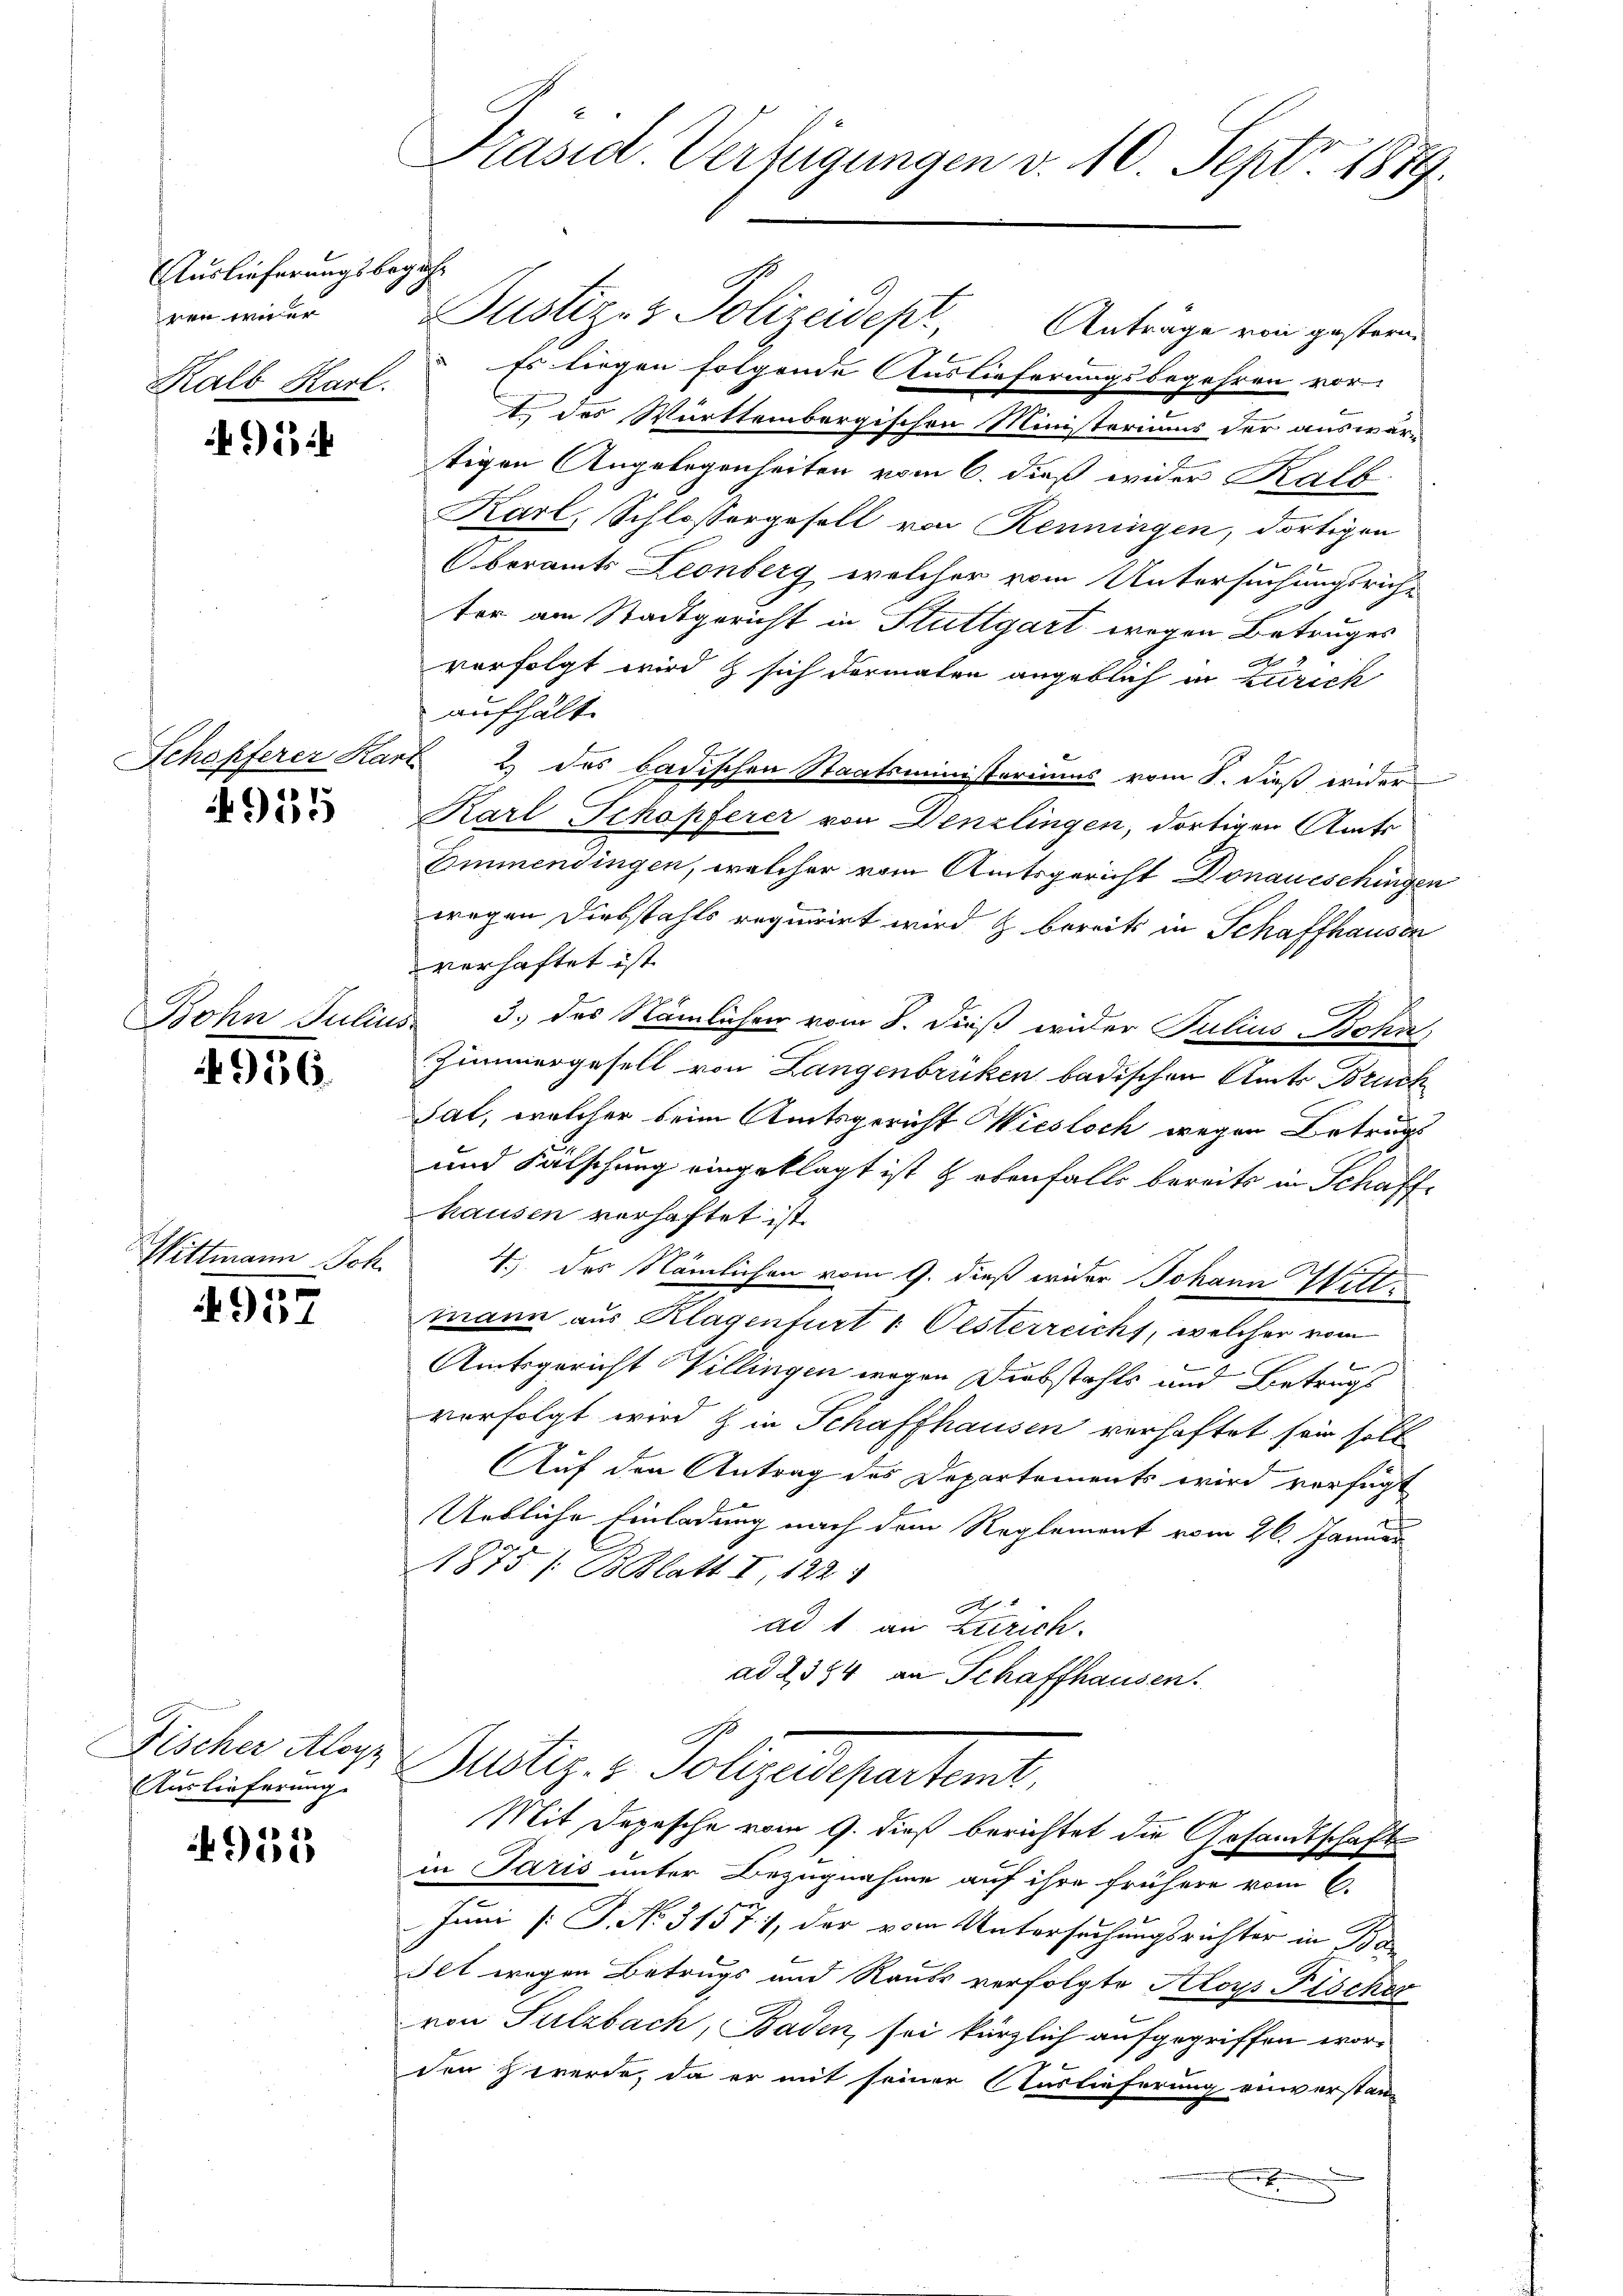
Auslieferungsbegeh¬
Kalb Karl.

9

Schafferer Kart

4955

Bohn Julius

4956.

Wittmann Joh.
e
904

Fischer Aloyz
Auslieferung.

4955

Präsid. Verfügungen v. 10. Sept. 1879.

ren wider Justiz- & Polizeidepk, Anträge von gestern.
 Es liegen folgende Auslieferungsbegehren vor
t des Württembergischen Ministeriums der auswärtigen Angelegenheiten vom 6. dieß wider Kalb
Karl, Schlossergesell von Renningen, dortigen
 1
Oberamts Leonberg welcher vom Untersuchungsricht

ter am Stadtgericht in Stuttgart wegen Betruges
vorfolgt wird & sich dermaten angeblich in Zürich
aufhält.
& des badischen Staatsministeriums vom 8. dieß wider
Karl Schopferer von Denzlingen, dortigen Amts
Emmendingen, welcher vom Amtsgericht Donaueschingen
wegen Diebstahls requirirt wird & bereits in Schaffhausen
verhaftet ist.
3. des Nämlichen vom 8. dieß wider Julius Bahn
Zimmergesell von Langenbrüken badischen Amts Bruck
Sat, welcher beim Amtsgericht Wiesloch wegen Betrugs
und Falschung eingeklagt ist & ebenfalls bereits in Schaffhausen verhaftet ist.
1.) des Nämlichen vom 9. dieß wider Johann Wittmann aus Klagenfurt 1. Oesterreichs, welcher vom

Amtsgericht Villingen wegen Diebstahls und Betrugs
vorfolgt wird & in Schaffhausen verhaftet sein soll
Auf den Antrag des Departements wird verfügt
Uebliche Einladung nach dem Reglement vom 26. Januar
1875 /: BBlatt I, 122
A
ad 1 an Zürich.
ad 2, 354 an Schaffhausen.
Rustiz & Polizeidentent,
Mit Depesche vom 9. dieß berichtet die Gesandtschafts
in Paris unter Bezugnahme auf ihre frühere vom 6.
Juni [S. No. 31571, der vom Untersuchungsrichter in d
Ilt wegen Betrugs und Raubs verfolgte Aloys Fischer
von Sulzbach, Baden, sei kürzlich aufgegriffen worden Zwerde, da er mit seiner Auslieferung einverstanz